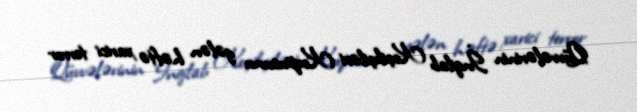
Qüvvələrinin İnqilab Keçikçiləri Korpusunu gələn həftə xarici terror